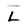
Character: L